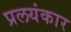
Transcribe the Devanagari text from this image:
प्रलयंकार